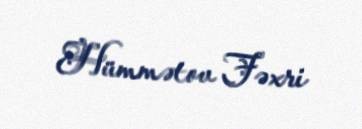
Hümmətov Fəxri